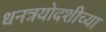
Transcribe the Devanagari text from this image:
धनत्रयोदशीच्या